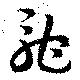
駝